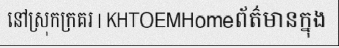
នៅស្រុកក្រគរ | KHTOEMHomeព័ត៌មានក្នុង